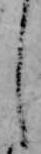
し